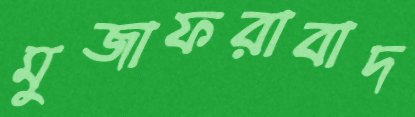
মুজাফরাবাদ